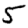
Digit: 5